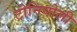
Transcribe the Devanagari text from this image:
टोनियोली